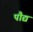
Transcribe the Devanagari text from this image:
पौद्य